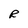
Character: R